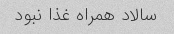
سالاد همراه غذا نبود